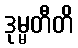
ဒုမ္မတီတိ